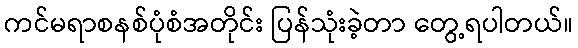
ကင်မရာစနစ်ပုံစံအတိုင်း ပြန်သုံးခဲ့တာ တွေ့ရပါတယ်။